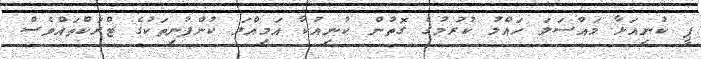
ޕީ ކުނިއަޅާ މައްސަލަ ހައްލު ކުރުމުގެ ގޮތުން ކުނިއުކާ އަމިއްލަ ކުންފުނިތަކުގެ ޓްރަކްތައްވެސް